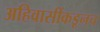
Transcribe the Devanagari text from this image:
अहिवासींकडूनच